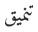
تنميق